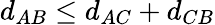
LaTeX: d_{AB}\leq d_{AC}+d_{CB}